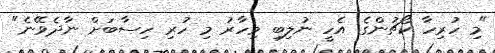
"މި ހުރިހާ ކޯޗުންގެ އެހީ ނުލިބި މިހާރު މި ހުރި ހިސާބަށް ނާދެވޭނެ"